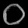
Digit: ၀